Report on vaccination in the Province of Bengal - 1869-1873
Year: 1869
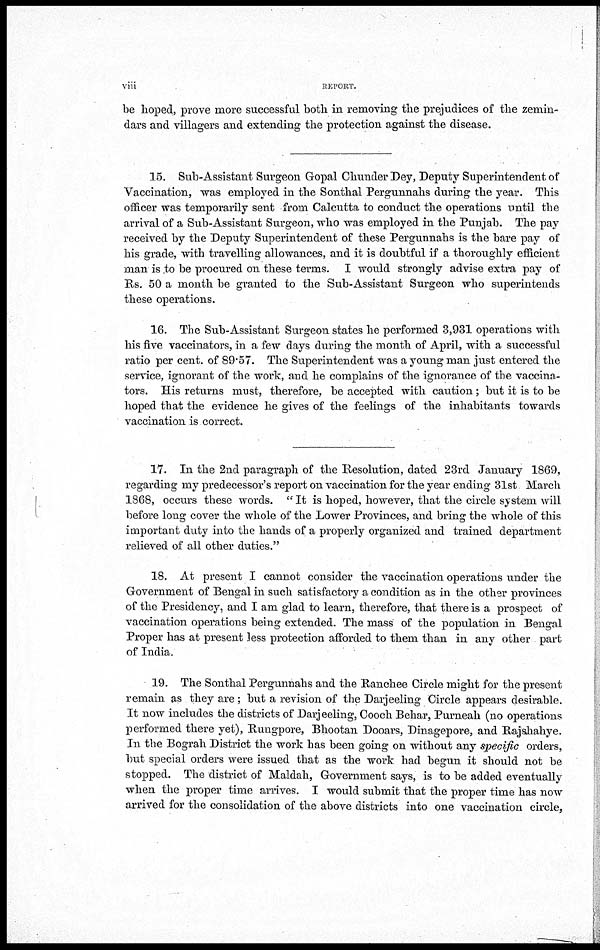
viii
REPORT.
be hoped, prove more successful both in removing the prejudices of the zemin-
dars and villagers and extending the protection against the disease.
15. Sub-Assistant Surgeon Gopal Chunder Dey, Deputy Superintendent of
Vaccination, was employed in the Sonthal Pergunnahs during the year. This
officer was temporarily sent from Calcutta to conduct the operations until the
arrival of a Sub-Assistant Surgeon, who was employed in the Punjab. The pay
received by the Deputy Superintendent of these Pergunnahs is the bare pay of
his grade, with travelling allowances, and it is doubtful if a thoroughly efficient
man is to be procured on these terms. I would strongly advise extra pay of
Rs. 50 a month be granted to the Sub-Assistant Surgeon who superintends
these operations.
16. The Sub-Assistant Surgeon states he performed 3,931 operations with
his five vaccinators, in a few days during the month of April, with a successful
ratio per cent. of 89.57. The Superintendent was a young man just entered the
service, ignorant of the work, and he complains of the ignorance of the vaccina-
tors. His returns must, therefore, be accepted with caution; but it is to be
hoped that the evidence he gives of the feelings of the inhabitants towards
vaccination is correct.
17. In the 2nd paragraph of the Resolution, dated 23rd January 1869,
regarding my predecessor's report on vaccination for the year ending 31st March
1868, occurs these words. " It is hoped, however, that the circle system will
before long cover the whole of the Lower Provinces, and bring the whole of this
important duty into the hands of a properly organized and trained department
relieved of all other duties."
18. At present I cannot consider the vaccination operations under the
Government of Bengal in such satisfactory a condition as in the other provinces
of the Presidency, and I am glad to learn, therefore, that there is a prospect of
vaccination operations being extended. The mass of the population in Bengal
Proper has at present less protection afforded to them than in any other part
of India.
19. The Sonthal Pergunnahs and the Ranchee Circle might for the present
remain as they are; but a revision of the Darjeeling Circle appears desirable.
It now includes the districts of Darjeeling, Cooch Behar, Purneah (no operations
performed there yet), Rungpore, Bhootan Dooars, Dinagepore, and Rajshahye.
In the Bograh District the work has been going on without any specific orders,
but special orders were issued that as the work had begun it should not be
stopped. The district of Maldah, Government says, is to be added eventually
when the proper time arrives. I would submit that the proper time has now
arrived for the consolidation of the above districts into one vaccination circle,